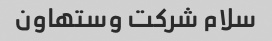
سلام شرکت وستهاون